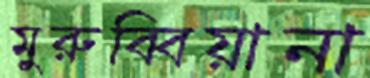
মুরুব্বিয়ানা